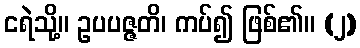
ငရဲသို့။ ဥပပဇ္ဇတိ၊ ကပ်၍ ဖြစ်၏။ (၂)